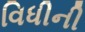
વિધીની